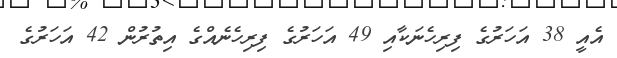
އެއީ 38 އަހަރުގެ ފިރިހެނަކާއި 49 އަހަރުގެ ފިރިހެނެއްގެ އިތުރުން 42 އަހަރުގެ